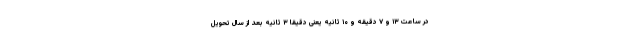
در ساعت ۱۳ و ۷ دقیقه و ۱۰ ثانیه یعنی دقیقاً ۳ ثانیه بعد از سال تحویل